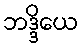
ဘဒ္ဒိယေ